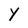
Character: Y